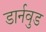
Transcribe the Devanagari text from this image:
डार्नवुड